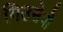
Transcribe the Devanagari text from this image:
गिउसेपो